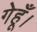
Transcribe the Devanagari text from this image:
गेहूँ।